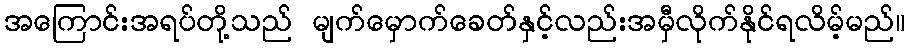
အကြောင်းအရပ်တို့သည် မျက်မှောက်ခေတ်နှင့်လည်းအမှီလိုက်နိုင်ရလိမ့်မည်။